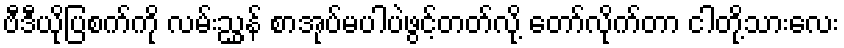
ဗီဒီယိုပြစက်ကို လမ်းညွှန် စာအုပ်မပါပဲဖွင့်တတ်လို့ တော်လိုက်တာ ငါတို့သားလေး